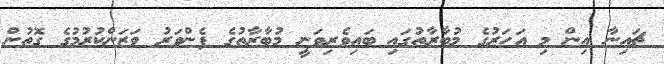
ޗައިނާ އިން މި އަހަރުގެ މުބާރާތުގައި ބައިވެރިވަނީ މުބާރާތުގެ ފެންވަރު ވަޒަންކުރުމުގެ ގޮތުން